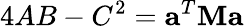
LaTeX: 4AB-C^{2}=\mathbf{a}^{T}\mathbf{M}\mathbf{a}